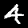
Digit: 4